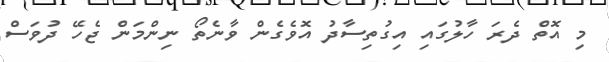
މި އޮތް ދެރަ ހާލުގައި އިގުތިސާދު އޮވެގެން ވާނެތޯ ނިންމަން ޖެހޭ ދުވަސް